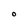
Character: O